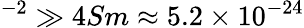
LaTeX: ^{-2}\gg 4Sm\approx 5.2\times 10^{-24}